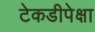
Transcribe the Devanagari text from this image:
टेकडीपेक्षा